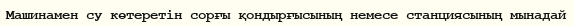
Машинамен су көтеретін сорғы қондырғысының немесе станциясының мынадай